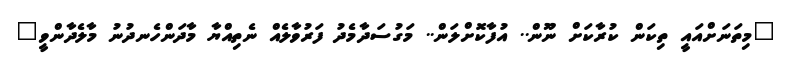
"މިތަނަށްއައީ ތިކަން ކުރާކަށް ނޫން.. އުފާކޮށްލަން.. މަގުސަދާމެދު ފަރުވާލެއް ނެތިއްޔާ މާދަންހެނދުނު މާލެދާންވީ"